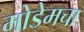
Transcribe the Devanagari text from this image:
मोडेमचा